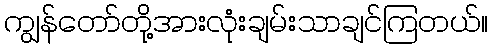
ကျွန်တော်တို့အားလုံးချမ်းသာချင်ကြတယ်။